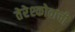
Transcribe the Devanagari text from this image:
तेरेश्कोवाची